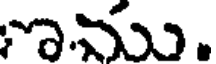
ము.